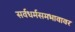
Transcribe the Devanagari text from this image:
सर्वधर्मसमभावावर